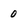
Character: 0